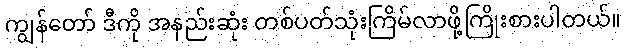
ကျွန်တော် ဒီကို အနည်းဆုံး တစ်ပတ်သုံးကြိမ်လာဖို့ကြိုးစားပါတယ်။